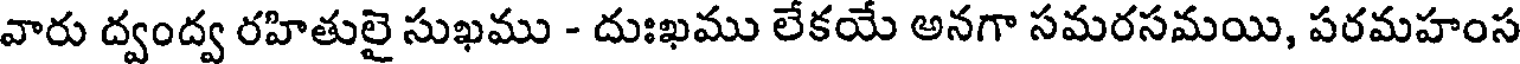
వారు ద్వంద్వ రహితులై సుఖము - దుఃఖము లేకయే అనగా సమరసమయి, పరమహంస